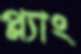
প্ল্যাং